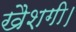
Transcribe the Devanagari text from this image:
खैशगी।